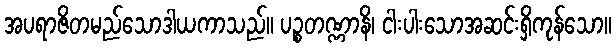
အပရာဇိတမည်သောဒါယကာသည်။ ပဉ္စတဏ္ဏာနိ၊ ငါးပါးသောအဆင်းရှိကုန်သော။